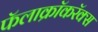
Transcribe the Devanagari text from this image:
फॅलाक्रॉकरॅक्स